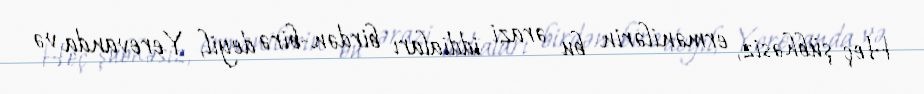
Heç şübhəsiz, ermənilərin bu ərazi iddiaları birdən-birə deyil, Yerevanda və